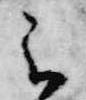
云